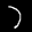
Label: 7